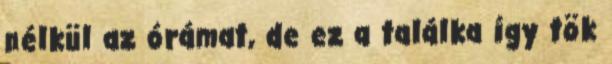
nélkül az órámat, de ez a találka így tök